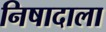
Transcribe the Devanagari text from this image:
निषादाला